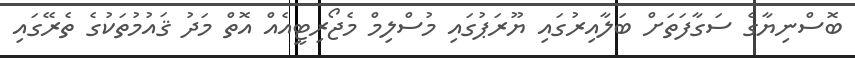
ބޮސްނިޔާގެ ސަގާފަތަށް ބަލާއިރުގައި ޔޫރަޕުގައި މުސްލިމް މެޖޯރިޓީއެއް އޮތް މަދު ޤައުމުތަކުގެ ތެރޭގައި